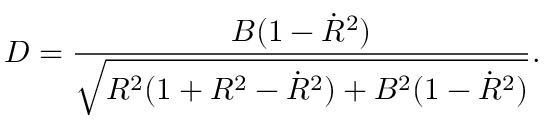
D = \frac { B ( 1 - \dot { R } ^ { 2 } ) } { \sqrt { R ^ { 2 } ( 1 + R ^ { 2 } - \dot { R } ^ { 2 } ) + B ^ { 2 } ( 1 - \dot { R } ^ { 2 } ) } } .